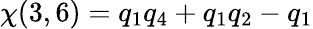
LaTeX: \chi(3,6)=q_{1}q_{4}+q_{1}q_{2}-q_{1}